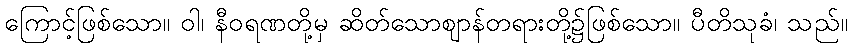
ကြောင့်ဖြစ်သော။ ဝါ၊ နီဝရဏတို့မှ ဆိတ်သောဈာန်တရားတို့၌ဖြစ်သော။ ပီတိသုခံ၊ သည်။